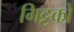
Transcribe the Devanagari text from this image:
गिट्टकों